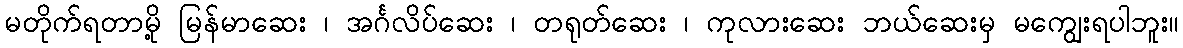
မတိုက်ရတာမို့ မြန်မာဆေး ၊ အင်္ဂလိပ်ဆေး ၊ တရုတ်ဆေး ၊ ကုလားဆေး ဘယ်ဆေးမှ မကျွေးရပါဘူး။